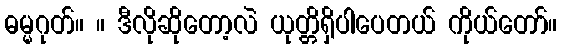
ဓမ္မဂုတ်။ ။ ဒီလိုဆိုတော့လဲ ယုတ္တိရှိပါပေတယ် ကိုယ်တော်။